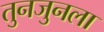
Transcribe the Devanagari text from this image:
तुनजुनला